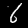
Label: 6